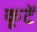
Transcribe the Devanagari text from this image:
कूटें